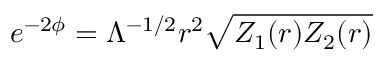
e ^ { - 2 \phi } = \Lambda ^ { - 1 / 2 } r ^ { 2 } \sqrt { Z _ { 1 } ( r ) Z _ { 2 } ( r ) }